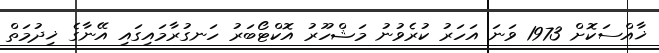
ޚާއްސަކޮށް 1973 ވަނަ އަހަރު ކުރެވުނު މަޝްހޫރު އޮކްޓޯބަރު ހަނގުރާމައިގައި އޭނާގެ ޚިދުމަތް